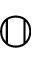
\mathbb { O }